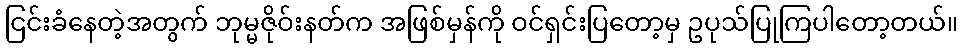
ငြင်းခံနေတဲ့အတွက် ဘုမ္မဇိုဝ်းနတ်က အဖြစ်မှန်ကို ဝင်ရှင်းပြတော့မှ ဥပုသ်ပြုကြပါတော့တယ်။